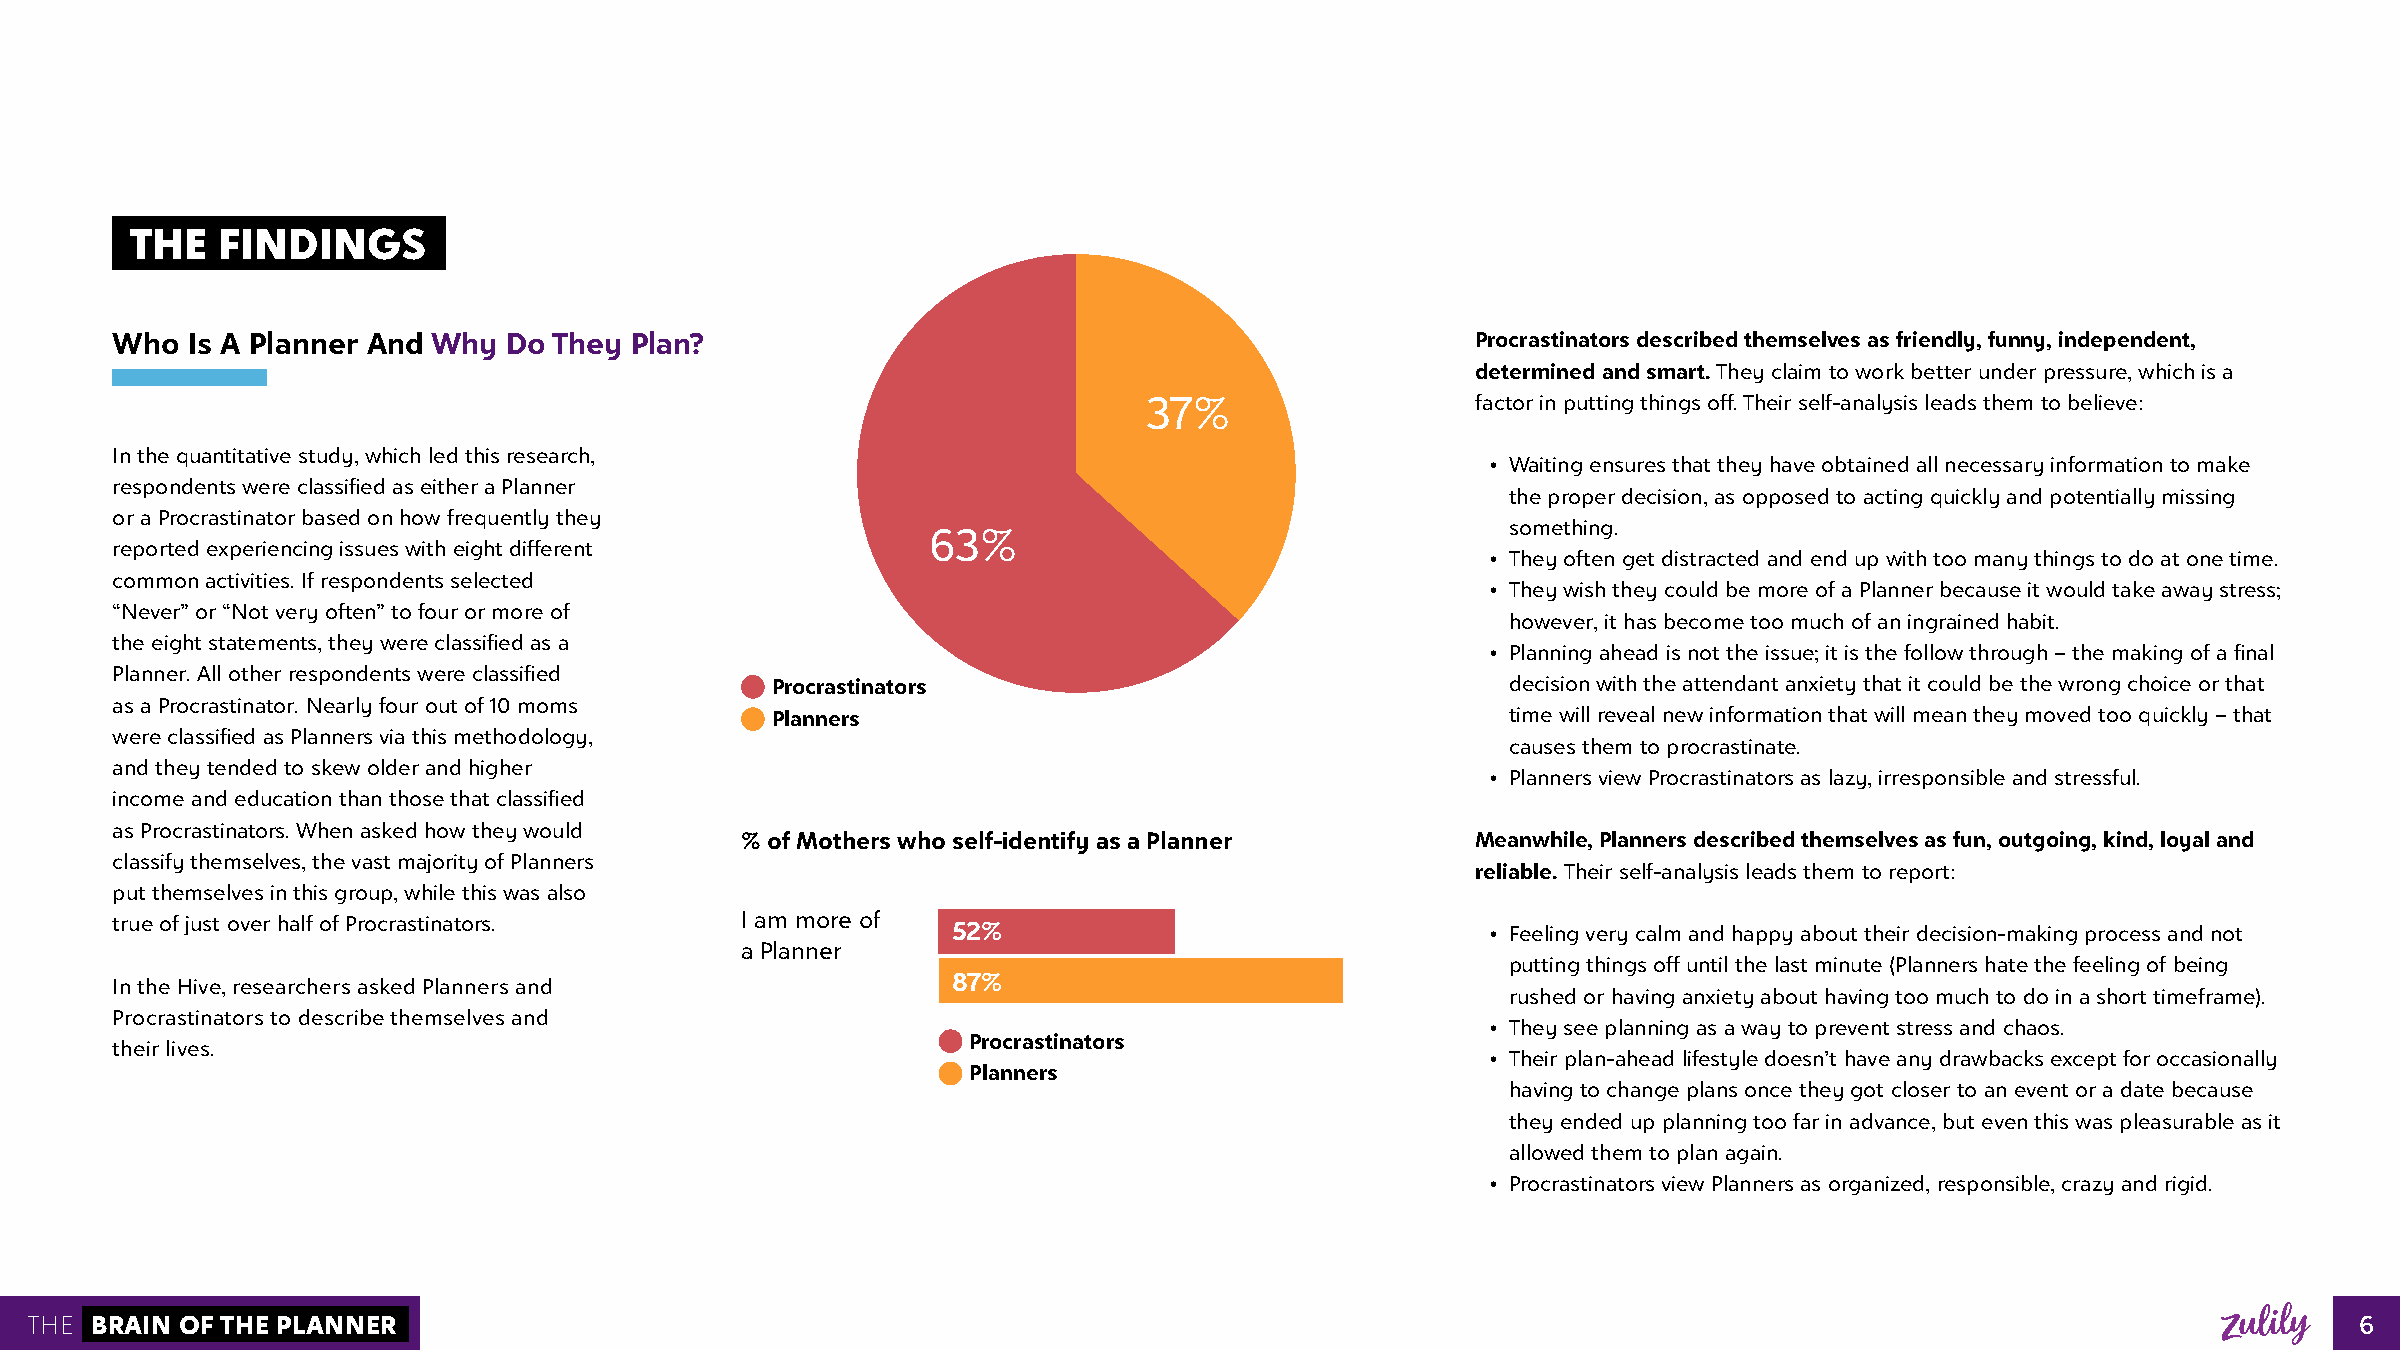
THE  FINDINGS
 Who  Is A Planner And Why Do  They Plan?                                                   Procrastinators described themselves as friendly, funny, independent,
 determined and smart. They claim to work better under pressure, which is a
 37%                   factor in putting things off. Their self-analysis leads them to believe:
 In the quantitative study, which led this research,
 • Waiting ensures that they have obtained all necessary information to make
 respondents were classified as either a Planner
 the proper decision, as opposed to acting quickly and potentially missing
 or a Procrastinator based on how frequently they
 something.
 63%
 reported experiencing issues with eight different
 • They often get distracted and end up with too many things to do at one time.
 common activities. If respondents selected
 • They wish they could be more of a Planner because it would take away stress;
 “Never” or “Not very often” to four or more of
 however, it has become too much of an ingrained habit.
 the eight statements, they were classified as a
 • Planning ahead is not the issue; it is the follow through – the making of a final
 Planner. All other respondents were classified
 Procrastinators                                  decision with the attendant anxiety that it could be the wrong choice or that
 as a Procrastinator. Nearly four out of 10 moms
 Planners                                         time will reveal new information that will mean they moved too quickly – that
 were classified as Planners via this methodology,
 causes them to procrastinate.
 and they tended to skew older and higher
 • Planners view Procrastinators as lazy, irresponsible and stressful.
 income and education than those that classified
 as Procrastinators. When asked how they would
 % of Mothers who self-identify as a Planner      Meanwhile, Planners described themselves as fun, outgoing, kind, loyal and
 classify themselves, the vast majority of Planners
 reliable. Their self-analysis leads them to report:
 put themselves in this group, while this was also
 true of just over half of Procrastinators. I am more of 52%                                 • Feeling very calm and happy about their decision-making process and not
 a Planner
 putting things off until the last minute (Planners hate the feeling of being
 In the Hive, researchers asked Planners and             87%
 rushed or having anxiety about having too much to do in a short timeframe).
 Procrastinators to describe themselves and
 • They see planning as a way to prevent stress and chaos.
 Procrastinators
 their lives.
 • Their plan-ahead lifestyle doesn’t have any drawbacks except for occasionally
 Planners
 having to change plans once they got closer to an event or a date because
 they ended up planning too far in advance, but even this was pleasurable as it
 allowed them to plan again.
 • Procrastinators view Planners as organized, responsible, crazy and rigid.
 THE BRAIN OF THE PLANNER                                                                                                                                  6